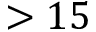
> 1 5